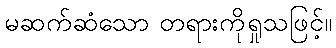
မဆက်ဆံသော တရားကိုရှုသဖြင့်။